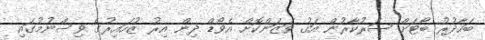
ބަހާދުރު ބޯޓަށް ސަރުކާރުން އަގު ވަޒަންކޮށް އެވޯޑް ދިން އިރު ޒުހައިރުގެ ވިސްނުމުގައި